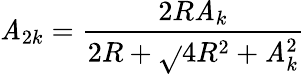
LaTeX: \mathit{A}_{2k}=\frac{{2R\mathit{A}_{k}}}{{2R+\sqrt{}{{4R^{2}+\mathit{A}_{k}^{2}}}}}